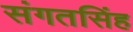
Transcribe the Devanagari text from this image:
संगतसिंह